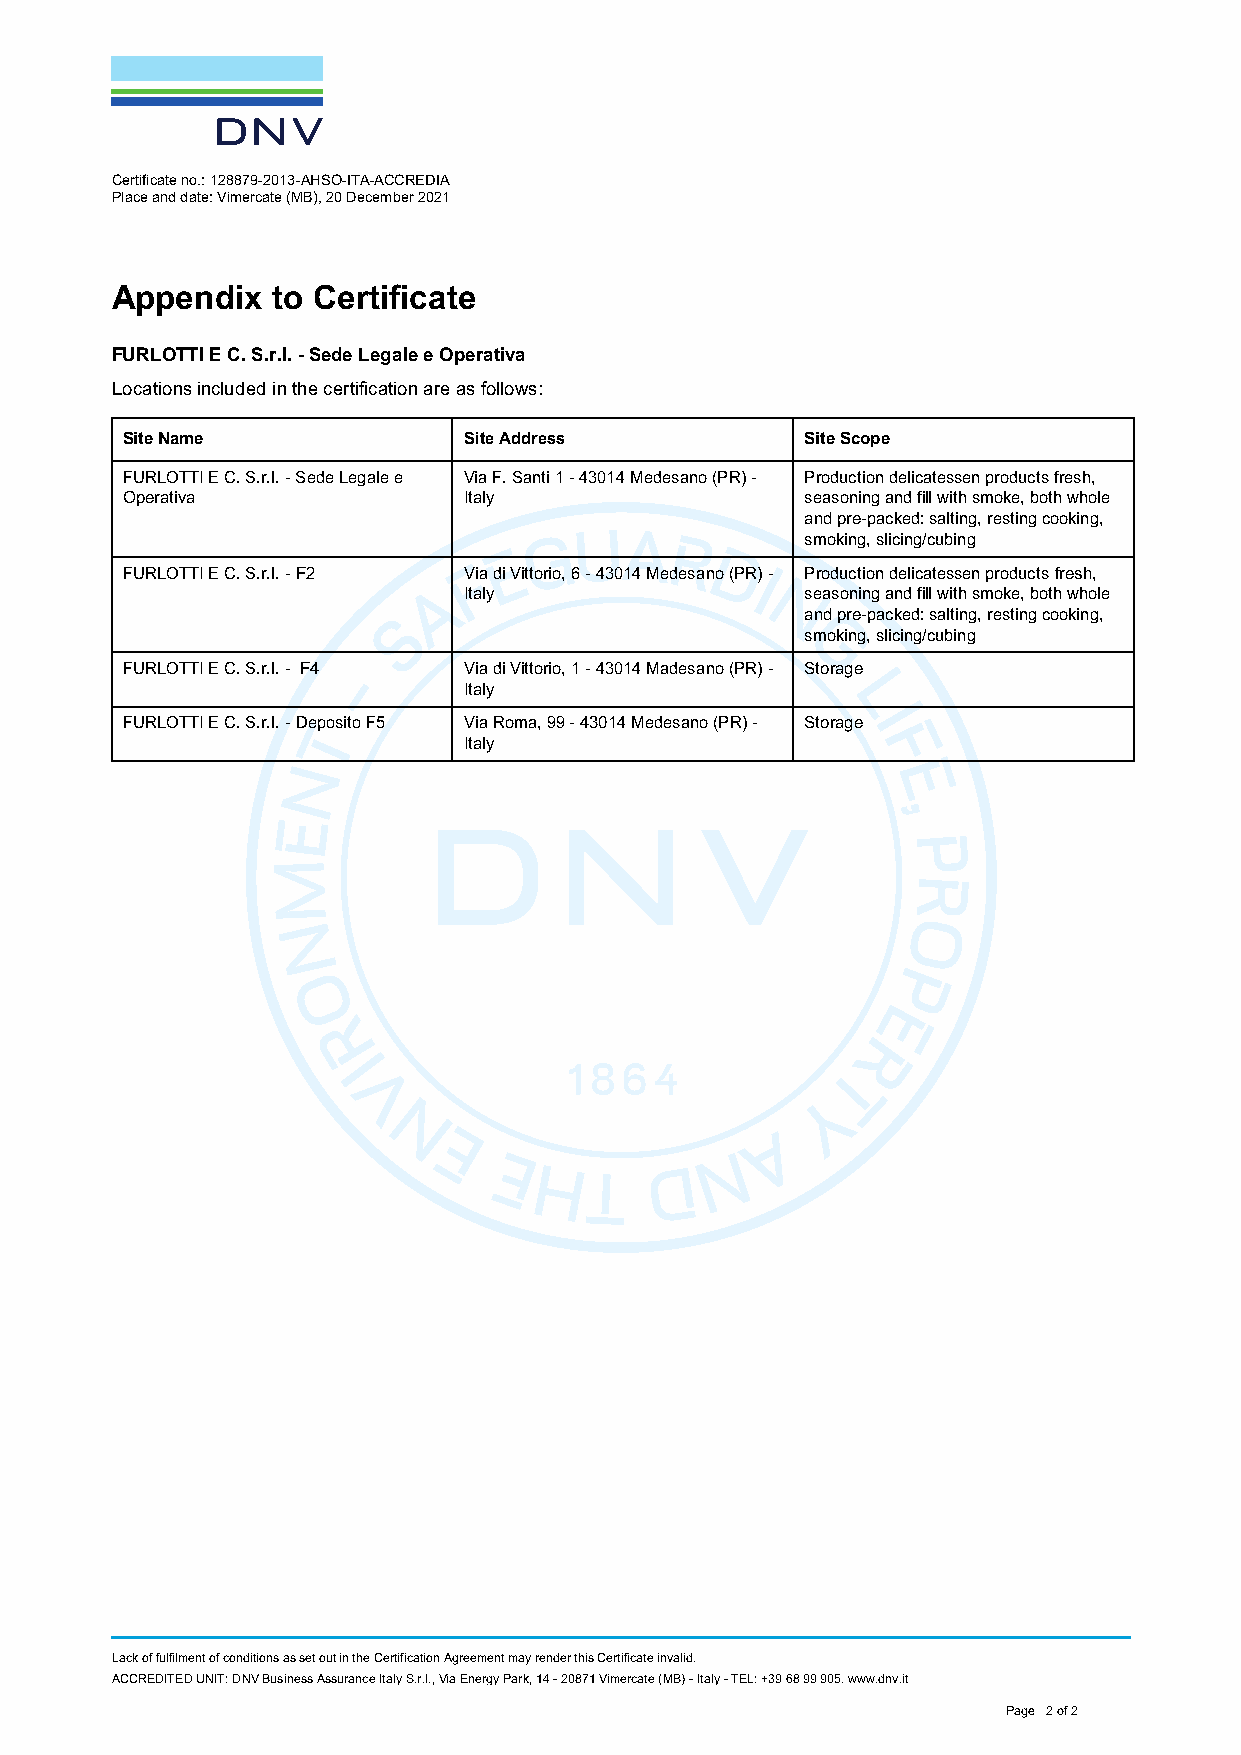
Certificate no.: 128879-2013-AHSO-ITA-ACCREDIA
 Place and date: Vimercate (MB), 20 December 2021
 Appendix   to Certificate
 FURLOTTI E C. S.r.l. - Sede Legale e Operativa
 Locations included in the certification are as follows:
 Site Name              Site Address          Site Scope
 FURLOTTI E C. S.r.l. - Sede Legale e Via F. Santi 1 - 43014 Medesano (PR) - Production delicatessen products fresh,
 Operativa              Italy                 seasoning and fill with smoke, both whole
 and pre-packed: salting, resting cooking,
 smoking, slicing/cubing
 FURLOTTI E C. S.r.l. - F2 Via di Vittorio, 6 - 43014 Medesano (PR) - Production delicatessen products fresh,
 Italy                 seasoning and fill with smoke, both whole
 and pre-packed: salting, resting cooking,
 smoking, slicing/cubing
 FURLOTTI E C. S.r.l. - F4 Via di Vittorio, 1 - 43014 Madesano (PR) - Storage
 Italy
 FURLOTTI E C. S.r.l. - Deposito F5 Via Roma, 99 - 43014 Medesano (PR) - Storage
 Italy
 Lack of fulfilment of conditions as set out in the Certification Agreement may render this Certificate invalid.
 ACCREDITED UNIT: DNV Business Assurance Italy S.r.l., Via Energy Park, 14 - 20871 Vimercate (MB) - Italy - TEL: +39 68 99 905. www.dnv.it
 Page 2 of 2